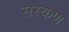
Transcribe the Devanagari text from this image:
सस्कण